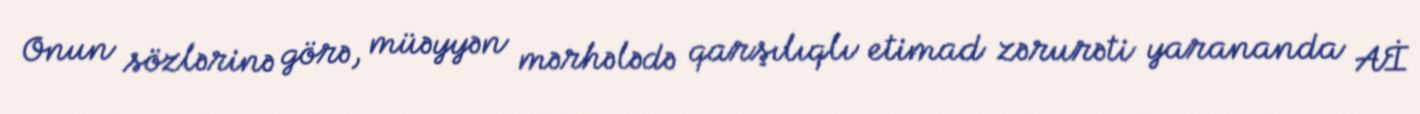
Onun sözlərinə görə, müəyyən mərhələdə qarşılıqlı etimad zərurəti yarananda Aİ